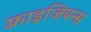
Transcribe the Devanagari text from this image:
फ़्राइजियन्स